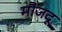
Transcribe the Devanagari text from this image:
मौजदू